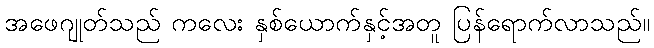
အဖေဂျုတ်သည် ကလေး နှစ်ယောက်နှင့်အတူ ပြန်ရောက်လာသည်။